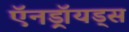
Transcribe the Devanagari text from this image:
ऍनड्रॉयड्स